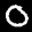
Label: 0